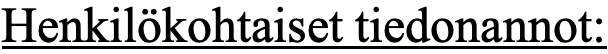
Henkilökohtaiset tiedonannot: